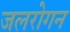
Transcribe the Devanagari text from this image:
जलरोगन